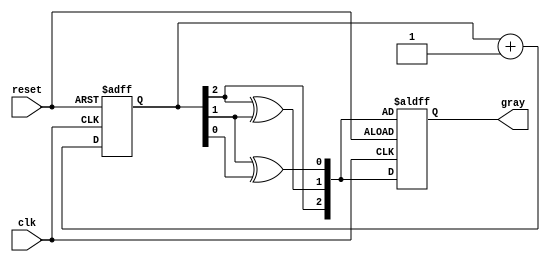
module gray_code_counter (
    input wire clk,         // Clock input
    input wire reset,       // Reset signal
    output reg [2:0] gray   // 3-bit Gray code output
);

// Function to convert a binary value to Gray code
function [2:0] bin_to_gray;
    input [2:0] bin;
    begin
        bin_to_gray = {bin[2], bin[2] ^ bin[1], bin[1] ^ bin[0]};
    end
endfunction

// Binary counter state
reg [2:0] binary_count;

always @(posedge clk or posedge reset) begin
    if (reset) begin
        // Asynchronous reset to initial Gray code value
        binary_count <= 3'b000; // Start with binary 0
        gray <= bin_to_gray(binary_count);
    end else begin
        // Increment the binary counter
        binary_count <= binary_count + 1;
        gray <= bin_to_gray(binary_count); // Update Gray code output
    end
end

endmodule